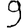
Digit: 9